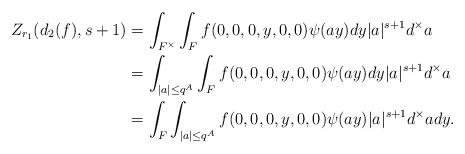
LaTeX: \begin{align*} Z_{r_1}(d_2(f), s+1)&=\int_{F^\times}\int_{F} f(0,0,0,y,0,0)\psi(ay)dy|a|^{s+1}d^\times a\\ &=\int_{|a|\le q^A}\int_{F} f(0,0,0,y,0,0)\psi(ay)dy|a|^{s+1}d^\times a\\ &=\int_{F}\int_{|a|\le q^{A}} f(0,0,0,y,0,0)\psi(ay)|a|^{s+1}d^\times a dy.\end{align*}